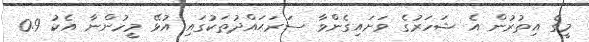
މީގެ އިތުރުން އެ ޝަހަރުގެ ވަށައިގެންވާ ސަރަޙައްދުތަކުގައި އުޅޭ މީހުންނާ އެކު 0.9